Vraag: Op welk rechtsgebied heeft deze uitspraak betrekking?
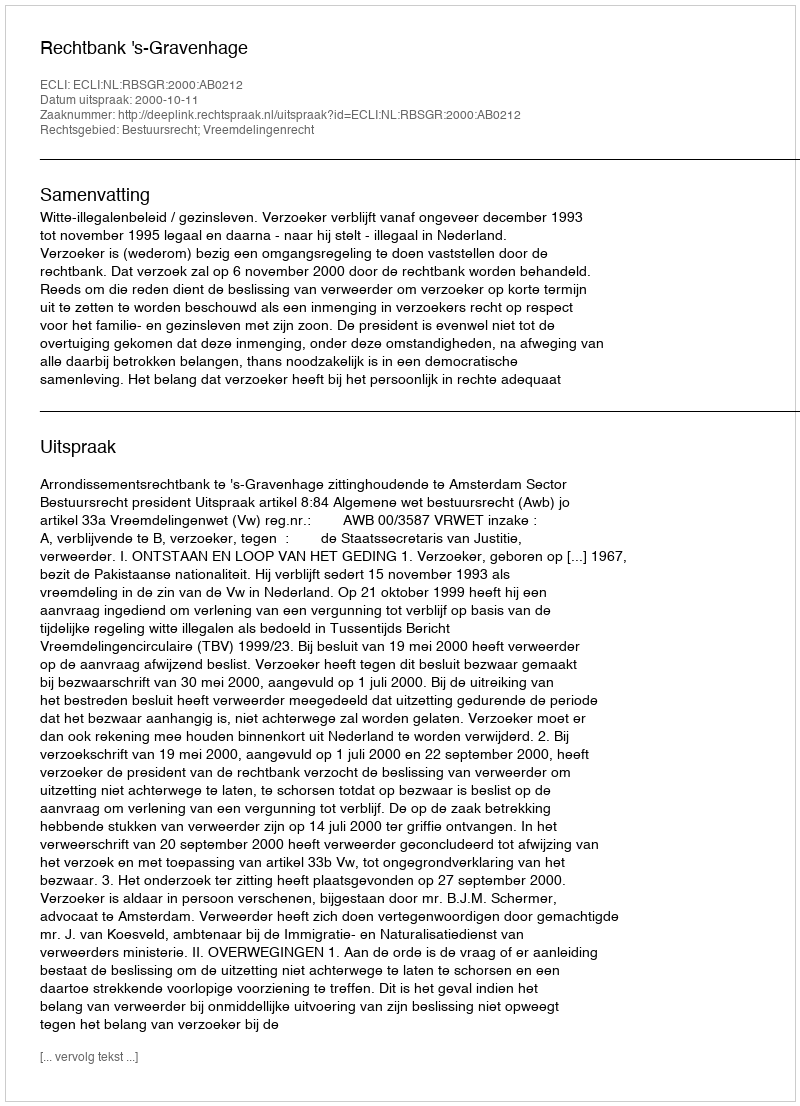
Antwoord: Bestuursrecht; Vreemdelingenrecht